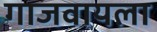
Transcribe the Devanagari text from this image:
गाजवायला